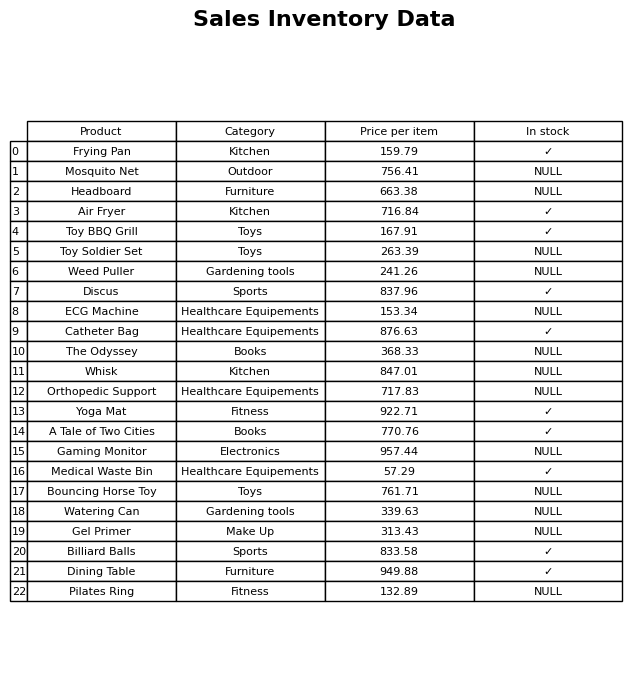
question: What is the price for Toy Soldier Set?
answer: The price of Toy Soldier Set is 263.39.